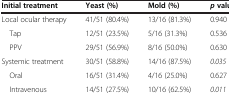
| Initial treatment | Yeast (%) | Mold (%) | p value |
 | --- | --- | --- | --- |
 | Local ocular therapy | 41/51 (80.4%) | 13/16 (81.3%) | 0.940 |
 | Tap | 12/51 (23.5%) | 5/16 (31.3%) | 0.536 |
 | PPV | 29/51 (56.9%) | 8/16 (50.0%) | 0.630 |
 | Systemic treatment | 30/51 (58.8%) | 14/16 (87.5%) | 0.035 |
 | Oral | 16/51 (31.4%) | 4/16 (25.0%) | 0.627 |
 | Intravenous | 14/51 (27.5%) | 10/16 (62.5%) | 0.011 |